Report of the Municipal Commissioner on the plague in Bombay for the year ending 31st May... - Volume 3
Disease focus: Plague
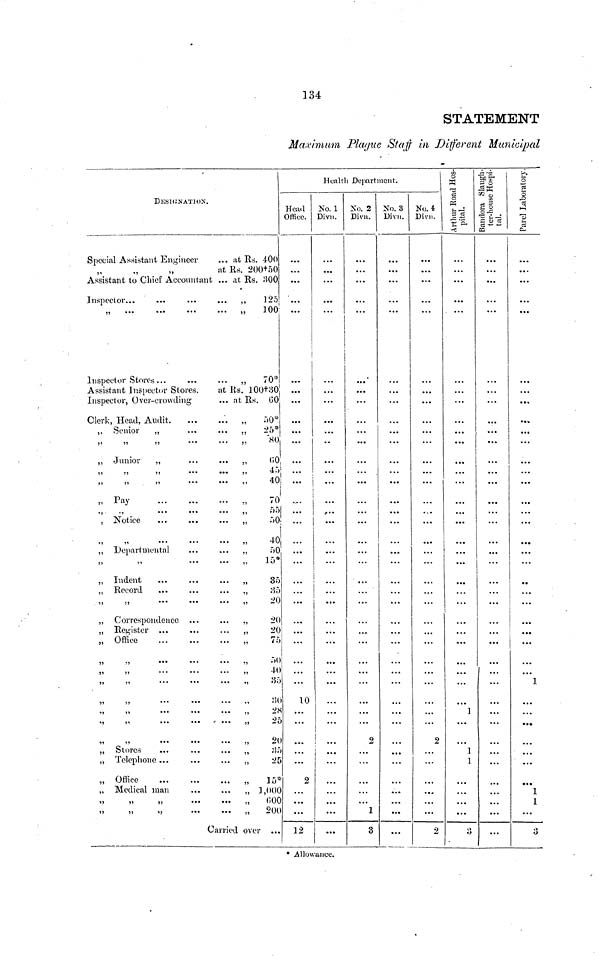
134
STATEMENT
Maximum Plague Staff in Different Municipal
DESIGNATION.
Special Assistant Engineer
... at Rs. 400
at Rs. 200+50
Assistant to Chief Accountant ... at Rs. 300
Inspector...
...
...
... ,, 125
„
„
100;
Inspector Stores...
...
... ,, 70*
Assistant Inspector Stores.
at Rs. 100+30
Inspector, Over-crowding
... at Rs. GO
Clerk, Head, Audit
„
50*
,, Senior
„
...
... ,, 25*
,,
,, Junior
„
...
... ,,
(JO
45
40
Pay
„
70
„
55
, Notice
...
...
... „
50
„
„
„
40
,, Departmental
...
... „
50
15*
„ Record
...
...
... „
;55
20
,, Correspondence ...
... ,,
20
,, Register ...
...
... ,,
20
,, Office
...
...
... ,,
75
50
40
35
28
25
S
t
o
r
e
s
.
,,
25
,, Telephone ...
...
... ,,
25
„ Office
15*
„ Medical man
„ 1,000
600
200
Carried over
Health Department.
Head
Office.
...
...
...
...
...
...
10
2
...
12
No. 1
Divn.
...
...
...
...
No. 2
Divn.
...
...
2
1
3
No. 3
Divn.
...
...
...
No. 4
Divn.
...
...
2
2
Arthur Road Hos-
pital.
...
...
1
1
1
Bandra Slangh-
ter-house Hospi-
tal.
...
...
...
Parel Laboratory.
...
...
...
1
...
...
• ••
1 1
0
0
* Allowance.